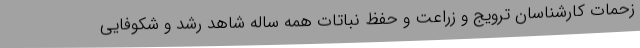
زحمات کارشناسان ترویج و زراعت و حفظ نباتات همه ساله شاهد رشد و شکوفایی